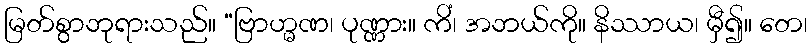
မြတ်စွာဘုရားသည်။ “ဗြာဟ္မဏ၊ ပုဏ္ဏား။ ကိံ၊ အဘယ်ကို။ နိဿာယ၊ မှီ၍။ တေ၊